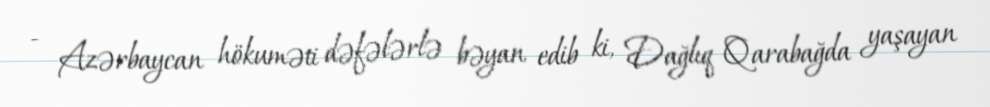
- Azərbaycan hökuməti dəfələrlə bəyan edib ki, Dağlıq Qarabağda yaşayan